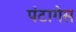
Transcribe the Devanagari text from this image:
पंटागेस